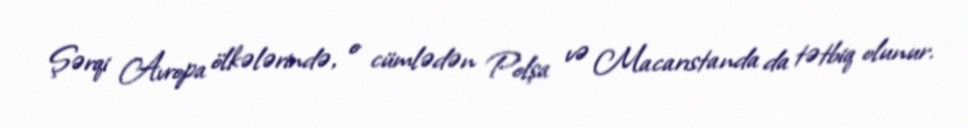
Şərqi Avropa ölkələrində, o cümlədən Polşa və Macarıstanda da tətbiq olunur.